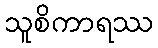
သူစိကာရဿ